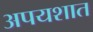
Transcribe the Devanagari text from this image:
अपयशात